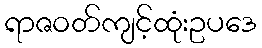
ရာဇဝတ်ကျင့်ထုံးဥပဒေ